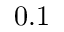
0 . 1